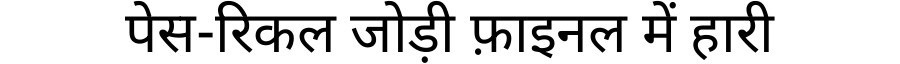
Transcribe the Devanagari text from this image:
पेस-रिकल जोड़ी फ़ाइनल में हारी